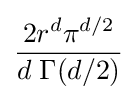
{\frac {2r^{d}\pi ^{d/2}}{d\;\Gamma (d/2)}}